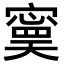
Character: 𡫃